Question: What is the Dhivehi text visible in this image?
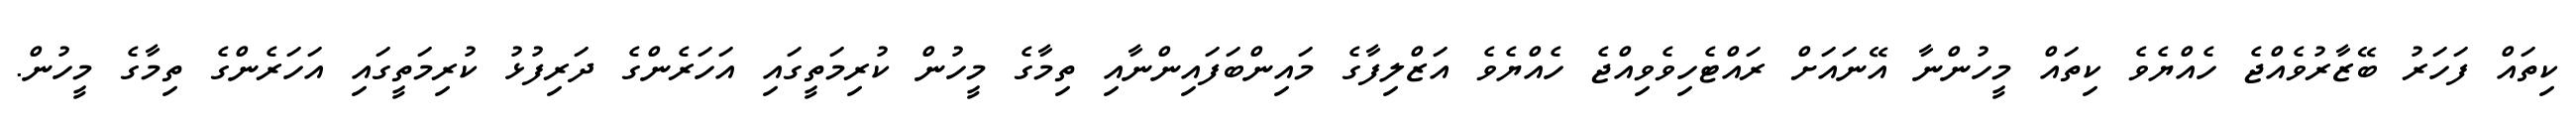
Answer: ކިތައް ފަހަރު ބޭޒާރުވެއްޖެ ހެއްޔެވެ ކިތައް މީހުންނާ އޭނައަށް ރައްޓެހިވެވިއްޖެ ހެއްޔެވެ އަޒްލިފާގެ މައިންބަފައިންނާއި ތިމާގެ މީހުން ކުރިމަތީގައި އަހަރެންގެ ދަރިފުޅު ކުރިމަތީގައި އަހަރެންގެ ތިމާގެ މީހުން.